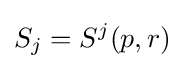
S_{j}=S^{j}(p,r)